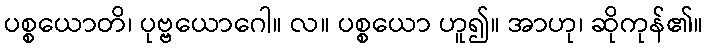
ပစ္စယောတိ၊ ပုဗ္ဗယောဂေါ။ လ။ ပစ္စယော ဟူ၍။ အာဟု၊ ဆိုကုန်၏။